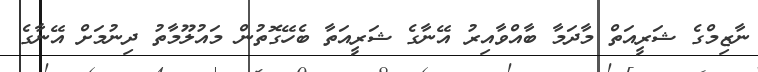
ނާޒިމްގެ ޝަރީއަތް މާދަމާ ބާއްވާއިރު އޭނާގެ ޝަރީއަތާ ބެހޭގޮތުން މައުލޫމާތު ދިނުމަށް އޭނާގެ